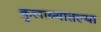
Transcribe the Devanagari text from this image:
कुलाब्यातल्या